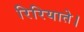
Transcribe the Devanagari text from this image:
रिरियाते।